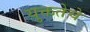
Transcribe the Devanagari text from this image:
युक्ततेचे